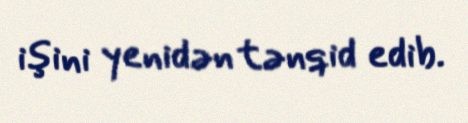
işini yenidən tənqid edib.